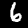
Digit: 6